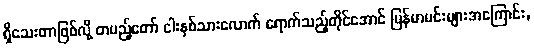
ရှိသေးတာဖြစ်လို့ တပည့်တော် ငါးနှစ်သားလောက် ရောက်သည့်တိုင်အောင် မြန်မာမင်းများအကြောင်း,